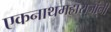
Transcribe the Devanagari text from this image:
एकनाथमहाराजांनी